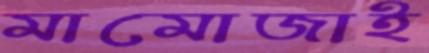
মামোজাই